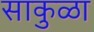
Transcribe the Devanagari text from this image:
साकुळा